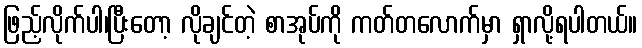
ဖြည့်လိုက်ပါ၊ပြီးတော့ လိုချင်တဲ့ စာအုပ်ကို ကတ်တလောက်မှာ ရှာလို့ရပါတယ်။